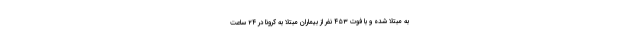
به مبتلا شده و با فوت ۴۵۳ نفر از بیماران مبتلا به کرونا در ۲۴ ساعت